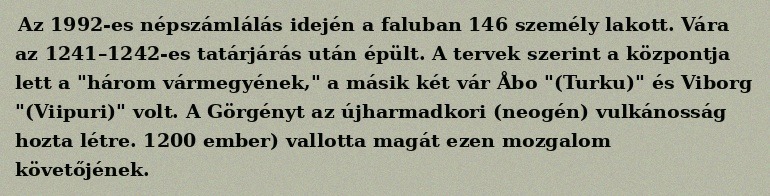
Az 1992-es népszámlálás idején a faluban 146 személy lakott. Vára az 1241–1242-es tatárjárás után épült. A tervek szerint a központja lett a "három vármegyének," a másik két vár Åbo "(Turku)" és Viborg "(Viipuri)" volt. A Görgényt az újharmadkori (neogén) vulkánosság hozta létre. 1200 ember) vallotta magát ezen mozgalom követőjének.